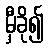
မှီခို၍